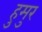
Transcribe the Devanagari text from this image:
हुमुर